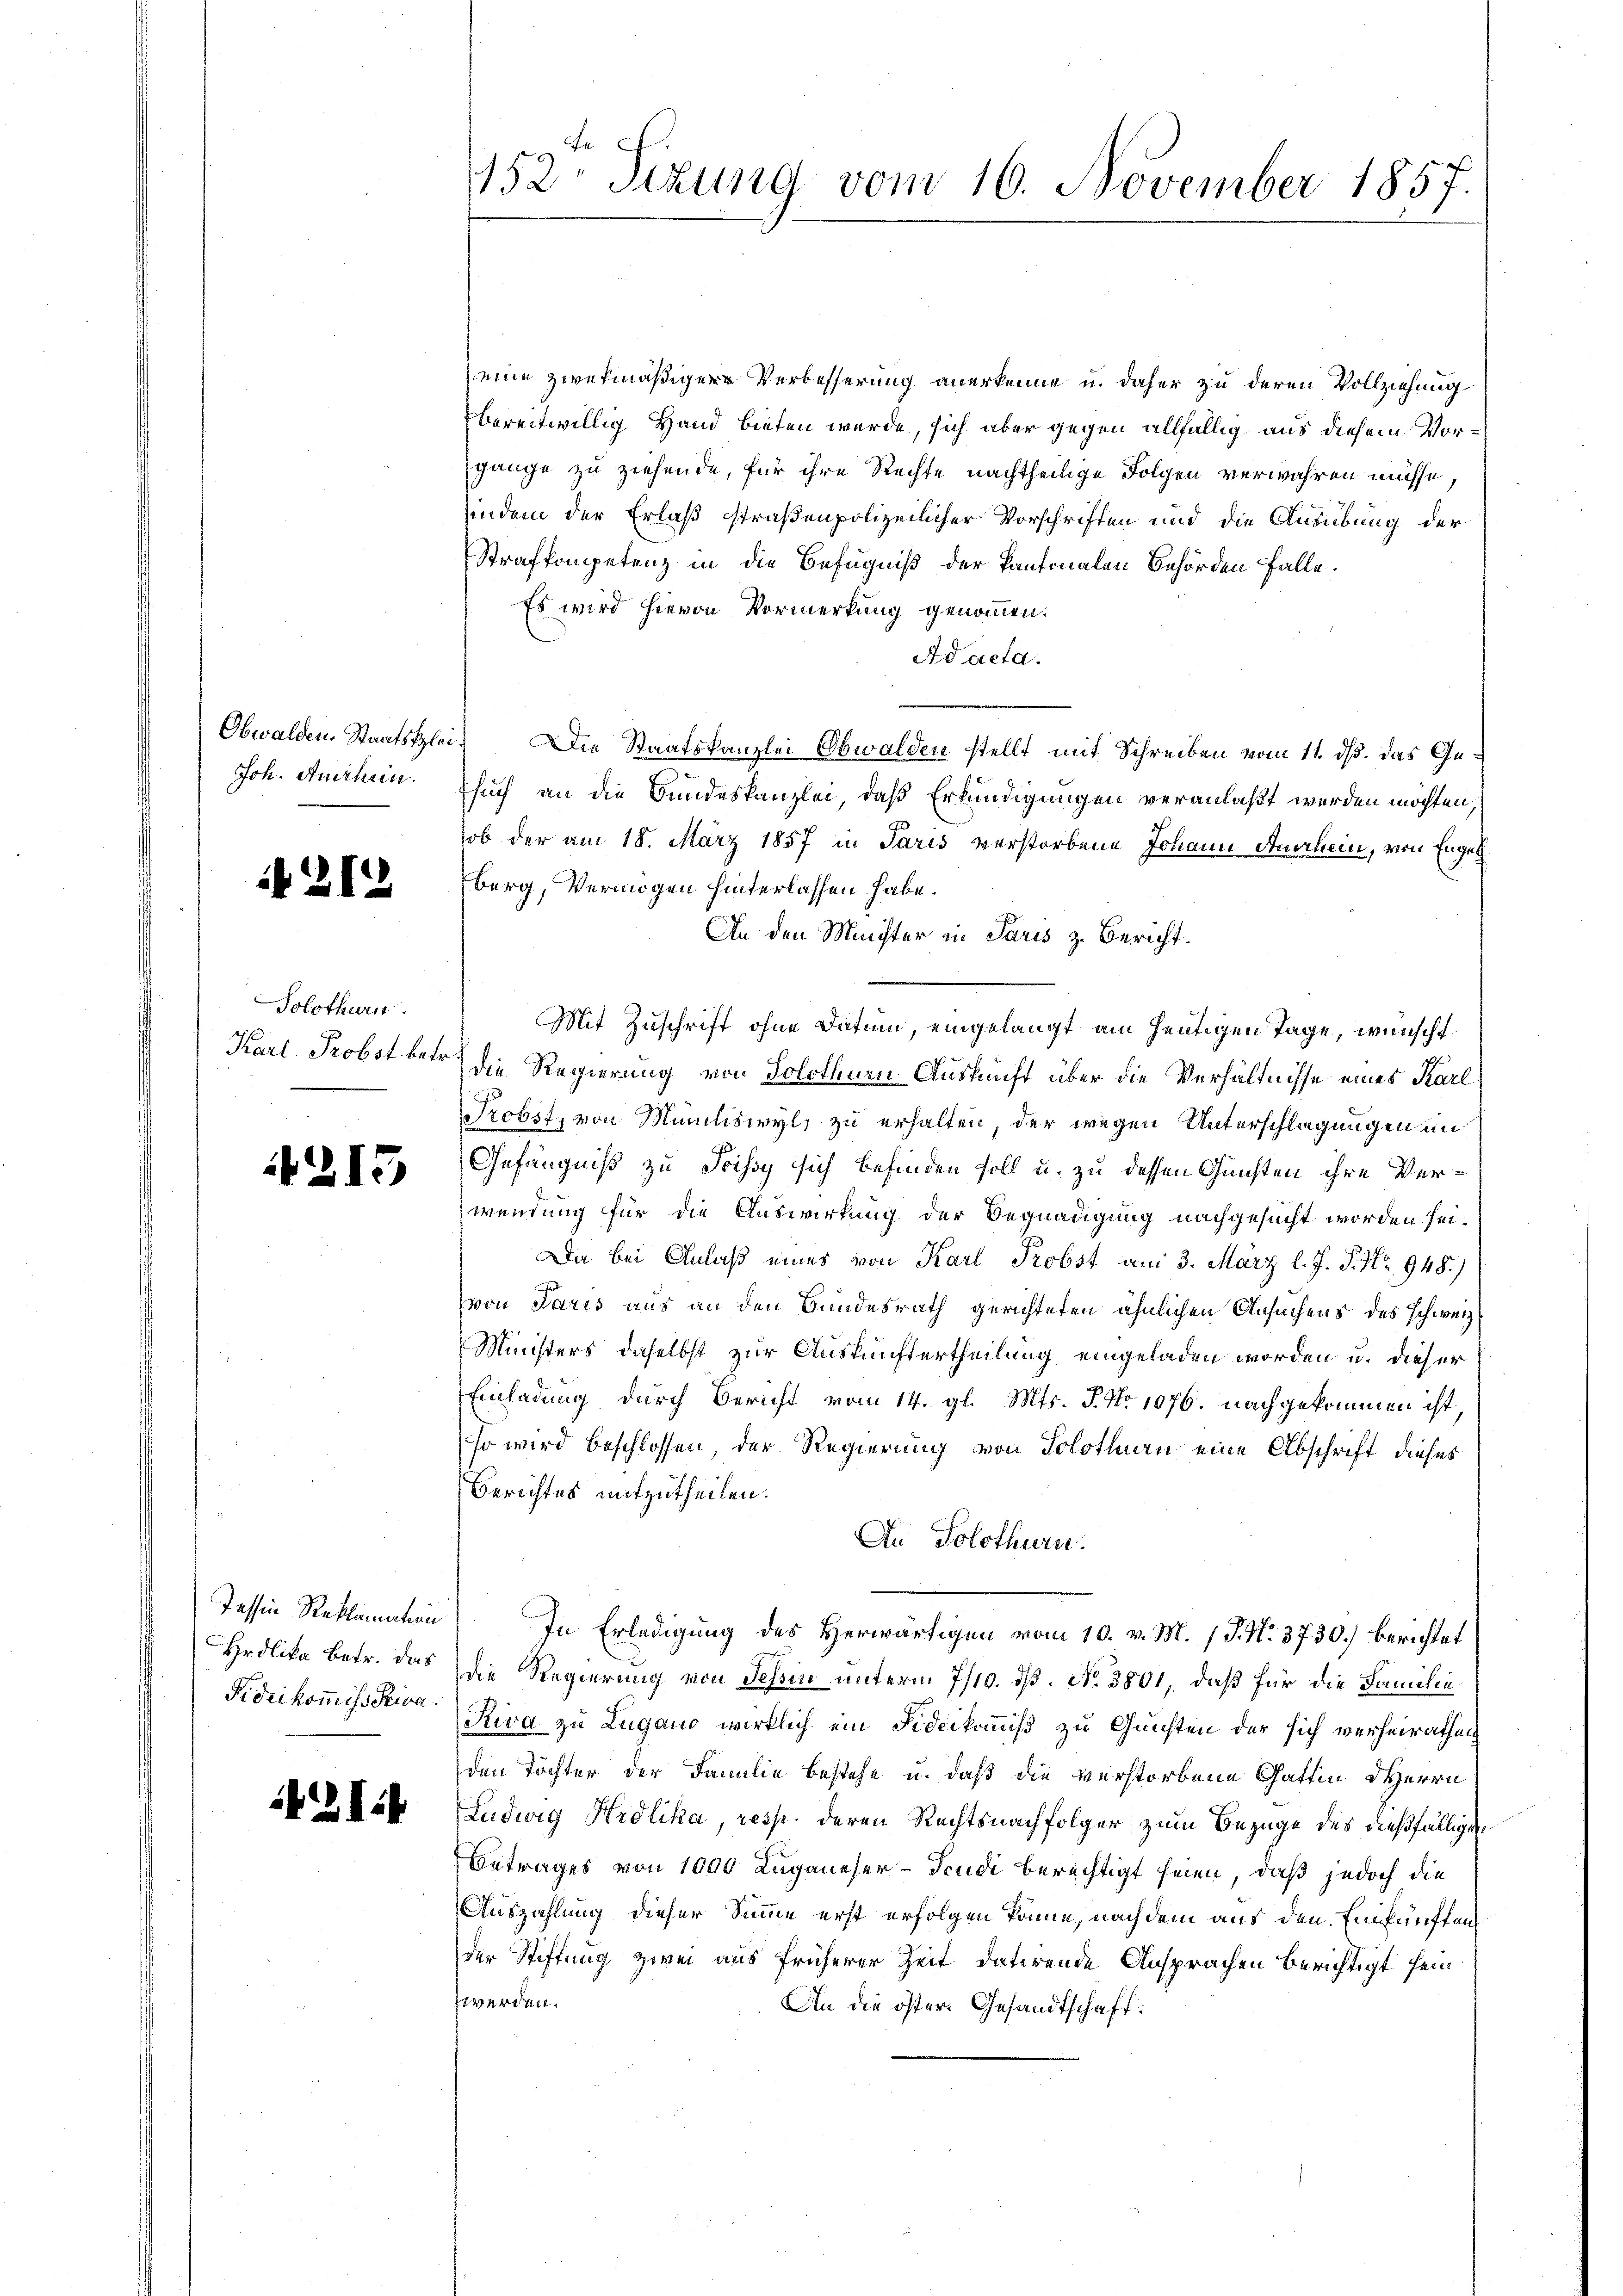
Joh. Authein.

2

2

Solothurn.
Karl. Probst betr.

215

Hrdlika betr. das
Fideikommiss Priva

Iit

a
152 Sizung vom 16. November 1857.

eine zwekmäßigere Verbesserung anerkenne u. daher zu deren Vollziehung
bereitwillig Hand bieten werde, sich aber gegen allfällig aus diesem Vorgange zu ziehende, für ihre Rechte nachtheilige Folgen verwahren müsse.
hindem der Erlaß straßenpolizeilicher Vorschriften und die Ausübung der
Strafkompetenz in die Befugniß der Kantonalen Behörden falle.
Es wird hievon Vormerkung genommen.
Ad acta.
Obwalden. Staatslei. Die Staatskanzlei Obwalden stellt mit Schreiben vom 11. ds. das Gesuch an die Bundeskanzlei, daß Erkundigungen veranlaßt werden möchten,
ob der am 18. März 1857 in Paris verstorbene Johann Anschein, von Engel
berg, Vermögen hinterlassen habe.
An den Minister in Paris z. Bericht.
Mit Zuschrift ohne Datum, eingelangt am heutigen Tage, wünscht
die Regierung von Solothurn Auskunft über die Verhältnisse eines Karl
Probst, von Muniliswyl, zu erhalten der wegen Unterschlagungen in
Gefängniß zu Poissy sich befinden soll u. zu dessen Gunsten ihre Verwendung für die Auswirkung der Begnadigung nachgesucht worden sei.
Da bei Anlaß einer von Karl Probst am 3. März l. J. P. Nr. 948.)
von Paris aus an den Bundesrath gerichteten ähnlichen Ansuchens des schweiz
Ministers daselbst zur Auskunftertheilung eingeladen worden u. dieser
Einladung, durch Bericht vom 14. gl. Mts. P. Nr. 1076. nachgekommen ist,
so wird beschlossen der Regierung von Solothurn eine Abschrift dieses
Berichtes mitzutheilen.
An Solothurn.
Tessin Reklamation In Erledigung des Herwärtigen vom 10. v. M. 1 S. Nr. 3730.) berichtet
die Regierung von Tessin unterm 7/10. ds. No 3801, daß für die Familie
Riva zu Lugano wirklich ein Fideikommiß zu Gunsten der sich verheirathun
den Töchter der Familie bestehe u. daß die verstorbene Gattin Herrn
Ludwig Hrdlika, resp. deren Rechtsnachfolger zum Bezüge des dießfälligen
Betrages von 1000 Luganeser - Jeudi berechtigt seien, daß jedoch die
Auszahlung dieser Sinne erst erfolgen könne, nach dem aus den Einkünften
der Stiftung zwei aus früherer Zeit datirende Ansprachen berichtigt sein
zwerden.
An die öster Gesandtschaft: